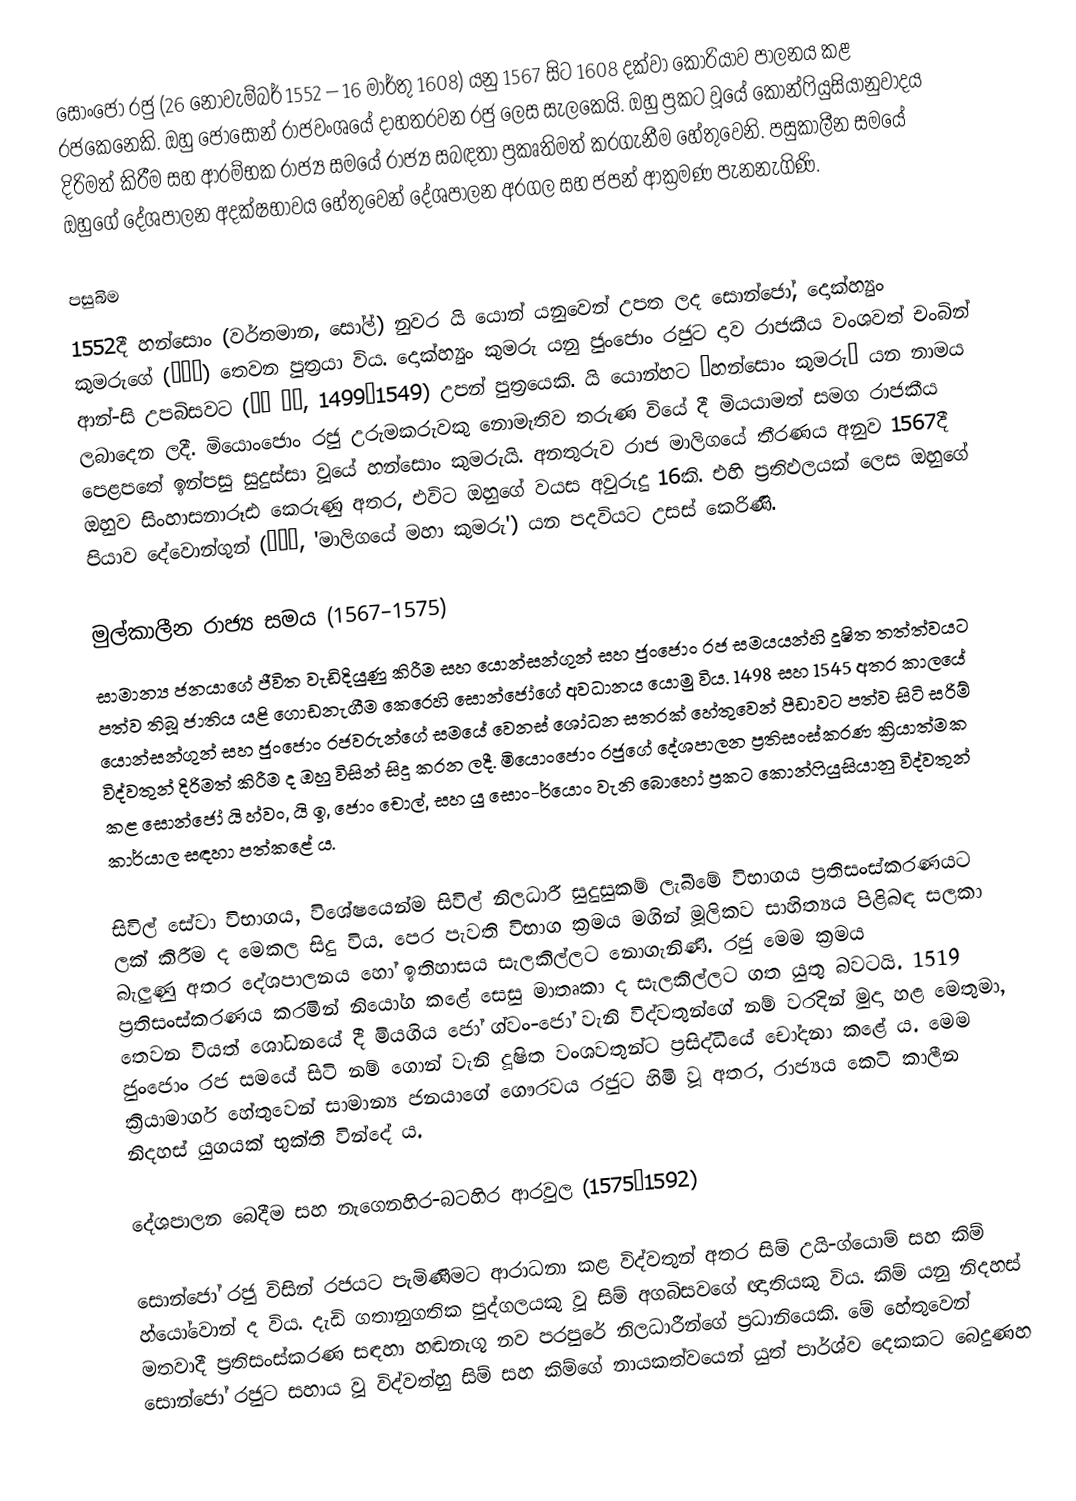
සොංජෝ රජු (26 නොවැම්බර් 1552 – 16 මාර්තු 1608) යනු 1567 සිට 1608 දක්වා කොරියාව පාලනය කළ රජකෙනෙකි. ඔහු ජොසොන් රාජවංශයේ දාහතරවන රජු ලෙස සැලකෙයි. ඔහු ප්‍රකට වූයේ කොන්ෆියුසියානුවාදය දිරිමත් කිරීම සහ ආරම්භක රාජ්‍ය සමයේ රාජ්‍ය සබඳතා ප්‍රකෘතිමත් කරගැනීම හේතුවෙනි. පසුකාලීන සමයේ ඔහුගේ දේශපාලන අදක්ෂභාවය හේතුවෙන් දේශපාලන අරගල සහ ජපන් ආක්‍රමණ පැනනැගිණි.

පසුබිම
1552දී හන්සොං (වර්තමාන, සෝල්) නුවර යි යොන් යනුවෙන් උපත ලද සොන්ජෝ, දොක්හ්‍යුං කුමරු‍ගේ (덕흥군) තෙවන පුත්‍රයා විය. දොක්හ්‍යුං කුමරු යනු ජුංජොං රජුට දාව රාජකීය වංශවත් චංබින් ආන්-සි උපබිසවට (창빈 안씨, 1499–1549) උපන් පුත්‍රයෙකි. යි යොන්හට “හන්සොං කුමරු” යන නාමය ලබාදෙන ලදී. මියොංජොං රජු උරුමකරුවකු නොමැතිව තරුණ වියේ දී මියයාමත් සමග රාජකීය පෙළප‍තේ ඉන්පසු සුදුස්සා වූයේ හන්සොං කුමරුයි. අනතුරුව රාජ මාලිගයේ තීරණය අනුව 1567දී ඔහුව සිංහාසනාරූඪ කෙරුණු අතර, එවිට ඔහුගේ වයස අවුරුදු 16කි. එහි ප්‍රතිඵලයක් ලෙස ඔහුගේ පියාව දේවොන්ගුන් (대원군, 'මාලිගයේ මහා කුමරු') යන පදවියට උසස් කෙරිණි.

මුල්කාලීන රාජ්‍ය සමය (1567–1575)
සාමාන්‍ය ජනයාගේ ජීවිත වැඩිදියුණු කිරීම සහ යොන්සන්ගුන් සහ ජුංජොං රජ සමයයන්හි දූෂිත තත්ත්වයට පත්ව තිබූ ජාතිය යළි ගොඩනැගීම කෙරෙහි සොන්ජෝගේ අවධානය යොමු විය. 1498 සහ 1545 අතර කාලයේ යොන්සන්ගුන් සහ ජුංජොං රජවරුන්ගේ සමයේ වෙනස් ශෝධන සතරක් හේතුවෙන් පීඩාවට පත්ව සිටි සරිම් විද්වතුන් දිරිමත් කිරීම ද ඔහු විසින් සිදු කරන ලදී. මියොංජොං රජුගේ දේශපාලන ප්‍රතිසංස්කරණ ක්‍රියාත්මක කළ සොන්ජෝ යි හ්වං, යි ඉ, ජොං චොල්, සහ යු සොං-ර්යොං වැනි බොහෝ ප්‍රකට කොන්ෆියුසියානු විද්වතුන් කාර්යාල සඳහා පත්කළේ ය.

සිවිල් සේවා විභාගය, විශේෂයෙන්ම සිවිල් නිලධාරී සුදුසුකම් ලැබීමේ විභාගය ප්‍රතිසංස්කරණයට ලක් කිරීම ද මෙකල සිදු විය. පෙර පැවති විභාග ක්‍රමය මගින් මූලිකව සාහිත්‍යය පිළිබඳ සලකා බැලුණු අතර දේශපාලනය හෝ ඉතිහාසය සැලකිල්ලට නොගැනිණි. රජු මෙම ක්‍රමය ප්‍රතිසංස්කරණය කරමින් නියෝග කළේ සෙසු මාතෘකා ද සැලකිල්ලට ගත යුතු බවටයි. 1519 තෙවන වියත් ශෝධනයේ දී මියගිය ජෝ ග්වං-ජෝ වැනි විද්වතුන්ගේ නම් වරදින් මුදා හළ මෙතුමා, ජුංජොං රජ සමයේ සිටි නම් ගොන් වැනි දූෂිත වංශවතුන්ට ප්‍රසිද්ධියේ චෝදනා කළේ ය. මෙම ක්‍රියාමාර්ග හේතුවෙන් සාමාන්‍ය ජනයාගේ ගෞරවය රජුට හිමි වූ අතර, රාජ්‍යය කෙටි කාලීන නිදහස් යුගයක් භුක්ති වින්දේ ය.

‍දේශපාලන බෙදීම සහ නැගෙනහිර-බටහිර ආරවුල (1575–1592)

සොන්ජෝ රජු විසින් රජයට පැමිණීමට ආරාධනා කළ විද්වතුන් අතර සිම් උයි-ග්යොම් සහ කිම් හ්යෝවොන් ද විය. දැඩි ගතානුගතික පුද්ගලයකු වූ සිම් අගබිසවගේ ඥාතියකු විය. කිම් යනු නිදහස් මතවාදී ප්‍රතිසංස්කරණ සඳහා හඬනැගූ නව පරපුරේ නිලධාරීන්ගේ ප්‍රධානියෙකි. මේ හේතුවෙන් සොන්ජෝ රජුට සහාය වූ විද්වත්හු සිම් සහ කිම්ගේ නායකත්වයෙන් යුත් පාර්ශ්ව දෙකකට බෙදුණහ